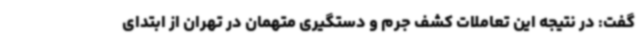
گفت: در نتیجه این تعاملات کشف جرم و دستگیری متهمان در تهران از ابتدای